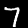
Digit: 7